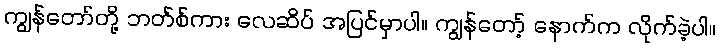
ကျွန်တော်တို့ ဘတ်စ်ကား လေဆိပ် အပြင်မှာပါ။ ကျွန်တော့် နောက်က လိုက်ခဲ့ပါ။